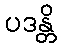
ပဒန္တိ